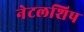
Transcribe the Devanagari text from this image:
नेटलशिप